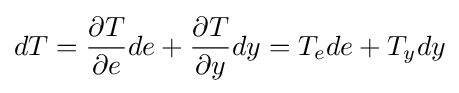
dT={\frac {\partial T}{\partial e}}de+{\frac {\partial T}{\partial y}}dy=T_{e}de+T_{y}dy